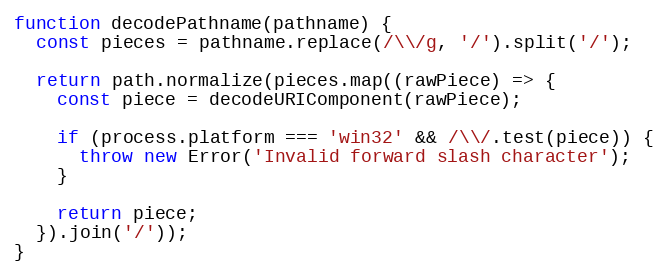
Language: JavaScript
function decodePathname(pathname) {
  const pieces = pathname.replace(/\\/g, '/').split('/');

  return path.normalize(pieces.map((rawPiece) => {
    const piece = decodeURIComponent(rawPiece);

    if (process.platform === 'win32' && /\\/.test(piece)) {
      throw new Error('Invalid forward slash character');
    }

    return piece;
  }).join('/'));
}